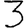
Digit: 3